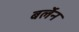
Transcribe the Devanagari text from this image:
बर्लेन